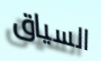
السياق